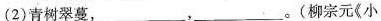
(2)青树翠蔓，_________，_______。(柳宗元(小